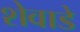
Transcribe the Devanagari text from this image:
शेवाडे